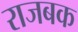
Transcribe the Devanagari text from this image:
राजबक